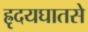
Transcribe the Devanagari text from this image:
ह्रृदयघातसे